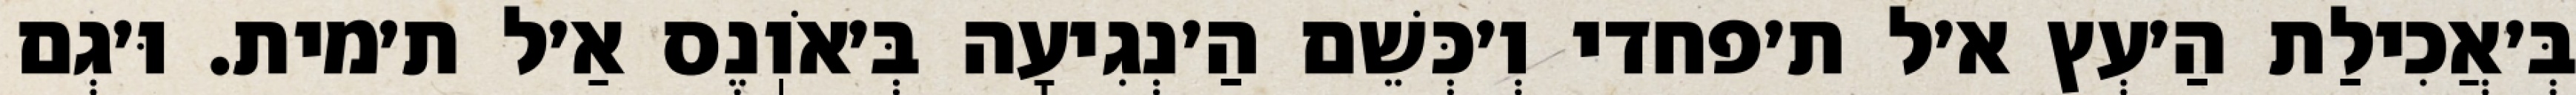
בְּ׳אֲכִילַת הַ׳עְץ א׳ל ת׳פחדי וְ׳כְּשֵׁם הַ׳נְגִיעָה בְּ׳אֹוֽנֶס אַ׳ל ת׳מית. וּ׳גְם